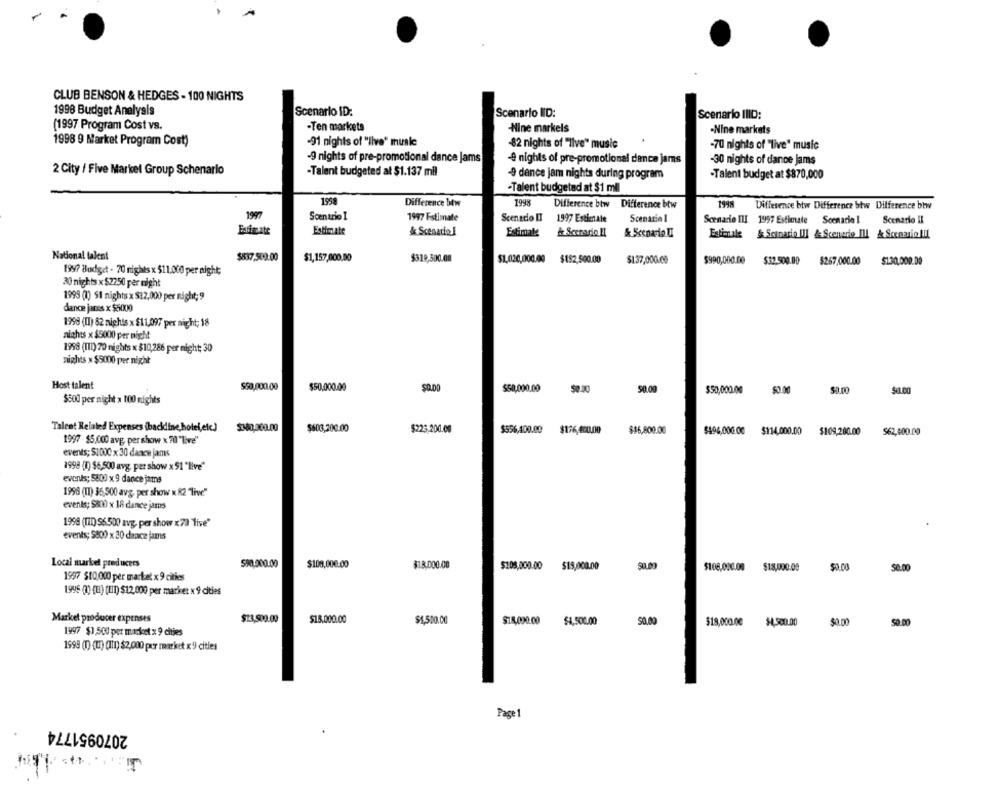
CLUB BENSON & HEDGES - 100 NIGHTS
1998 Budget Analysis
Scenario ID:
Scenario IID:
Scenario IIID:
(1997 Program Cost vs.
-Ten markets
-Nine markels
-Nine markets
1998 9 Market Program Cost)
-91 nights of "live" musle
-82 nights of "Ilve" music
-70 nights of "live" music
-9 nights of pre-promotional dance jams
-4 nights of pre-promotional dance jams
-30 nights of dance jams
2 City / Five Market Group Schenarlo
-Talent budgeted al $1.137 mil
-9 dence jam nights during program
-Talent budget at $870,000
-Talent budgetad at $1 ml
195
Difference btw
1998
Difference btw
Difference btw
1998
Difference btw Difference btw Difference btw
1997
Scentrio 1
1997 Estimate
Scenedio [] 1997 Estimale
Scenario 1
Scenario III 1997 Estimate
Scenario 1
Scenario II
Estimate
& Scenarie!
Estimate
& Scenario Il
Estimale & Scenario II] & Scenerie Ill & Scenario III
National talent
$837,500.00
$1,157,000.00
$319,500.00
$1,020,000.00 $152,500.00
$1.37,000.00
$990,000.00
$32.500.00
$267,000.00
$1.30,000.00
1997 Budget - 70 nights x $11.000 per night;
30 nights x $2250 per night
1993 (1) $1 nights x $12,000 per night; 9
dance jares x $5000
1998 (II) 82 nights x $11,097 per night; 18
nichts x $5000 per night
1998 (I11) 70 nights x $10,286 per night; 30
nights x $5000 per night
Host talent
$50,000.00
$50,000.00
$0.DO
$50,000.00
$0.00
50.09
$50,000.00
$0.00
$500 per night » 100 nights
Talent Related Expenses (backline hotel,etc.)
$30,000.00
$603,200.00
$225,200.00
$556,400.00
$176,400.00
$36,800.00
$494,000.00
$114,000.00
$109,200.00
$62,400.00
1997 $5,000 avg, per show x 7il "Live"
events; $1000 x 30 dance jams
1998 (1) $6,500 avg. per show x51 "live"
events; 5800 x 9 dance jams
1998 (I) 35,500 avg, per show x 82 "live"
events; $800 x 18 dance jams
.
1968 (TID) S6.500 avg, per show « 79 "live"
events; 5800 x 20 dance jams
Local market producers
590,000.00
$108,000.00
$1.8,000.00
$108,000.00
$19,000.00
$106,000.00
$13,000.00
50.00
50.00
1997 $10,0000 per market x9 cities
1996 () (B) (III) $12,000 per marinet x 9 cities
Market producer expenses
$13,500.00
$18.000.00
$1,500.00
$18,000.00
$4,500.00
50.00
$18,000.00
$4,500.00
$0.00
50.00
1997 $3,500 per market x 9 cities
1999 (0) (u) (III) $2,000 por market x 9 cities
Page 1
2070951774